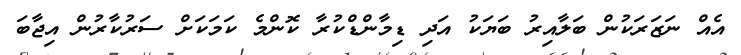
އެއް ނަޒަރަކުން ބަލާއިރު ބަޔަކު އަދި ޑިމާންޑްކުރާ ކޮންމެ ކަމަކަށް ސަރުކާރުން އިޖާބަ